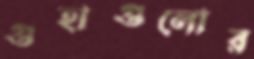
গুহাগুলোর